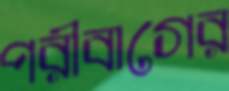
পরীবাগের